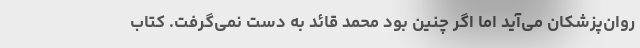
روان‌پزشکان می‌آید اما اگر چنین بود محمد قائد به دست نمی‌گرفت. کتاب